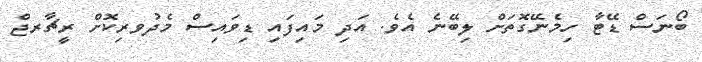
ބޯނަސް ޑޭޓާ ހިމެނޭގޮތަށް ލިބޭނެ އެވެ. އަދި މައިފައި ޑިވައިސް މެދުވރިކޮށް ރީޗާރޖް